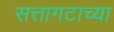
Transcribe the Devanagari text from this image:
सत्तागटाच्या